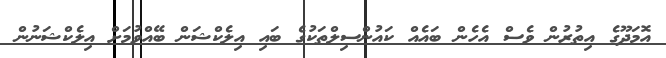
އޮމަދޫގެ އިތުރުން ވެސް އެހެން ބައެއް ކައުންސިލްތަކުގެ ބައި އިލެކްޝަން ބޭއްވުމަށް އިލެކްޝަނުން